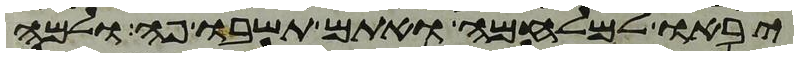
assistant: יבאו למלחמה ואתם תשבו פה ולמה